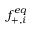
f _ { + , i } ^ { e q }